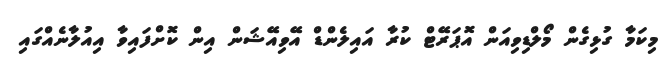
މިކަމާ ގުޅިގެން މޯލްޑިވިއަން އޮޕަރޭޓް ކުރާ އައިލެންޑް އޭވިއޭޝަން އިން ކޮށްފައިވާ އިއުލާނެއްގައި